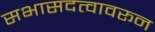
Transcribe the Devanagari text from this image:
सभासदत्वावरून